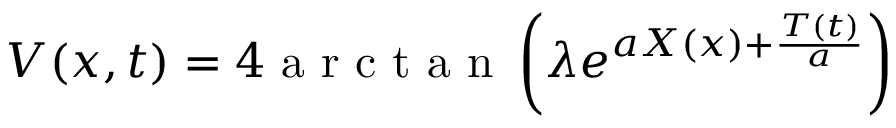
V ( x , t ) = 4 \mathrm { ~ a ~ r ~ c ~ t ~ a ~ n ~ } \left( \lambda e ^ { a X ( x ) + \frac { T ( t ) } { a } } \right)